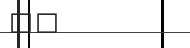
٤٧